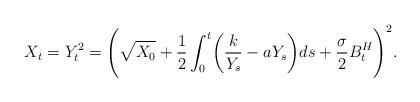
LaTeX: \begin{align*} X_t = Y_t^2 = \Biggl(\sqrt{X_0} + \frac{1}{2}\int_0^t\biggl(\frac{k}{Y_s}-aY_s \biggr)ds+\frac{\sigma}{2}B_t^H\Biggr)^2.\end{align*}